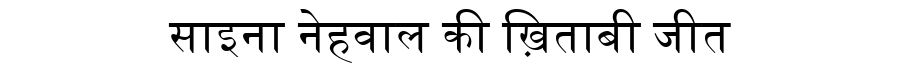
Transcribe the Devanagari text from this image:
साइना नेहवाल की ख़िताबी जीत